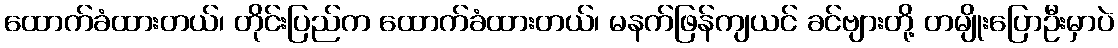
ထောက်ခံထားတယ်၊ တိုင်းပြည်က ထောက်ခံထားတယ်၊ မနက်ဖြန်ကျယင် ခင်ဗျားတို့ တမျိုးပြောဦးမှာပဲ